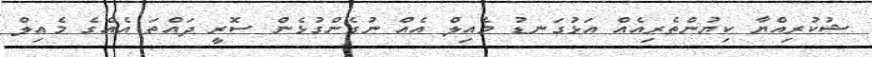
ޝުކުރިއްޔާ ކިޔުންތެރިއެއް އަޅުގަނޑު މެއިލް އެއް ނުގެންގުޅެން ސޮރީ ދައްތަ އެއްގެ މެއިލް